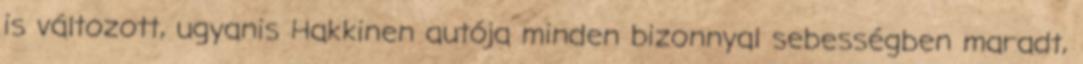
is változott, ugyanis Hakkinen autója minden bizonnyal sebességben maradt,